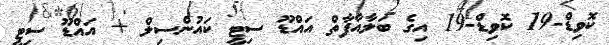
ކޮވިޑް-19 ކޮވިޑް-19 އިގެ ބަލާއާފާތް އައްޑޫ ސިޓީ ކައުންސިލް + އައްޑޫ ސިޓީ